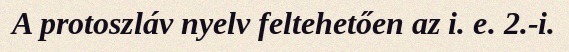
A protoszláv nyelv feltehetően az i. e. 2.-i.